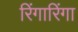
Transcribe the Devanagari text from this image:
रिंगारिंगा